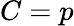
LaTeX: C=p